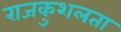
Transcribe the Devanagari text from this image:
राजकुशलता